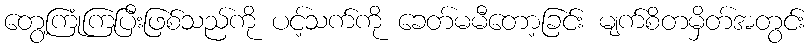
တွေ့ကြုံကြပြီးဖြစ်သည်ကို ပင့်သက်ကို ခေတ်မမီတော့ခြင်း မျက်စိတမှိတ်အတွင်း